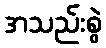
အသည်းစွဲ